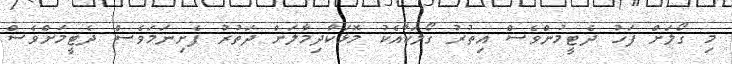
މި ގޯލަށް ފަހު ދެޓީމުންވެސް އިތުރު ގޯލަކާއެކު މޮޅަކާދިމާލަށް ދަތުރު ފެށިނަމަވެސް ދެޓީމަށްވެސް